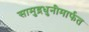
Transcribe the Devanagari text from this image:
सामुद्रधुनीमार्फत